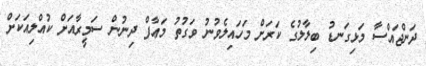
ދަންޖައްސާ މަޅިގަނޑު ބިލާލުގެ ކަރަށް މަހައިލެވުނު ވަގުތު މަޢާފް ދިނުން ސަމީރާއަށް ކުއްލިއަކަށް